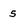
Character: s